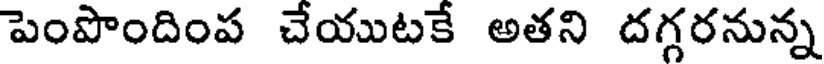
పెంపొందింప చేయుటకే అతని దగ్గరనున్న